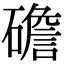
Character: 䃫